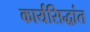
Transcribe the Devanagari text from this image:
कार्यसिद्धांत